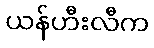
ယန်ဟီးလီက